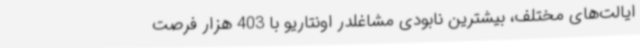
ایالت‌های مختلف، بیشترین نابودی مشاغلدر اونتاریو با 403 هزار فرصت